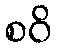
စဝိ